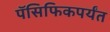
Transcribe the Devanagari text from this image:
पॅसिफिकपर्यंत